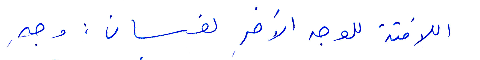
اللافتة للوجه الآخر لغسان: وجه